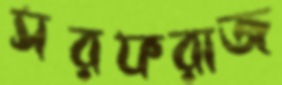
সরফরাজ